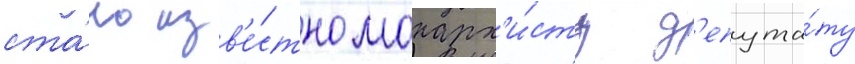
ста́ло изв'е́стно монарх'и́сту д'епута́ту